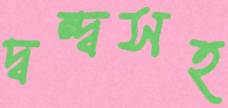
দ্বন্দ্বসহ